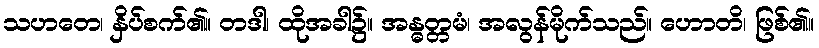
သဟတေ၊ နှိပ်စက်၏။ တဒါ၊ ထိုအခါ၌။ အန္ဓတ္တမံ၊ အလွန်မိုက်သည်။ ဟောတိ၊ ဖြစ်၏။